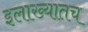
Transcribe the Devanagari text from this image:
इलाख्यातच